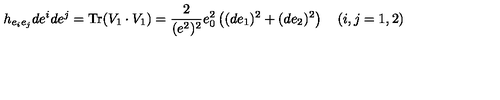
h _ { e _ { i } e _ { j } } d e ^ { i } d e ^ { j } = \mathrm { T r } ( V _ { 1 } \cdot V _ { 1 } ) = \frac 2 { ( e ^ { 2 } ) ^ { 2 } } e _ { 0 } ^ { 2 } \left( ( d e _ { 1 } ) ^ { 2 } + ( d e _ { 2 } ) ^ { 2 } \right) \quad ( i , j = 1 , 2 )